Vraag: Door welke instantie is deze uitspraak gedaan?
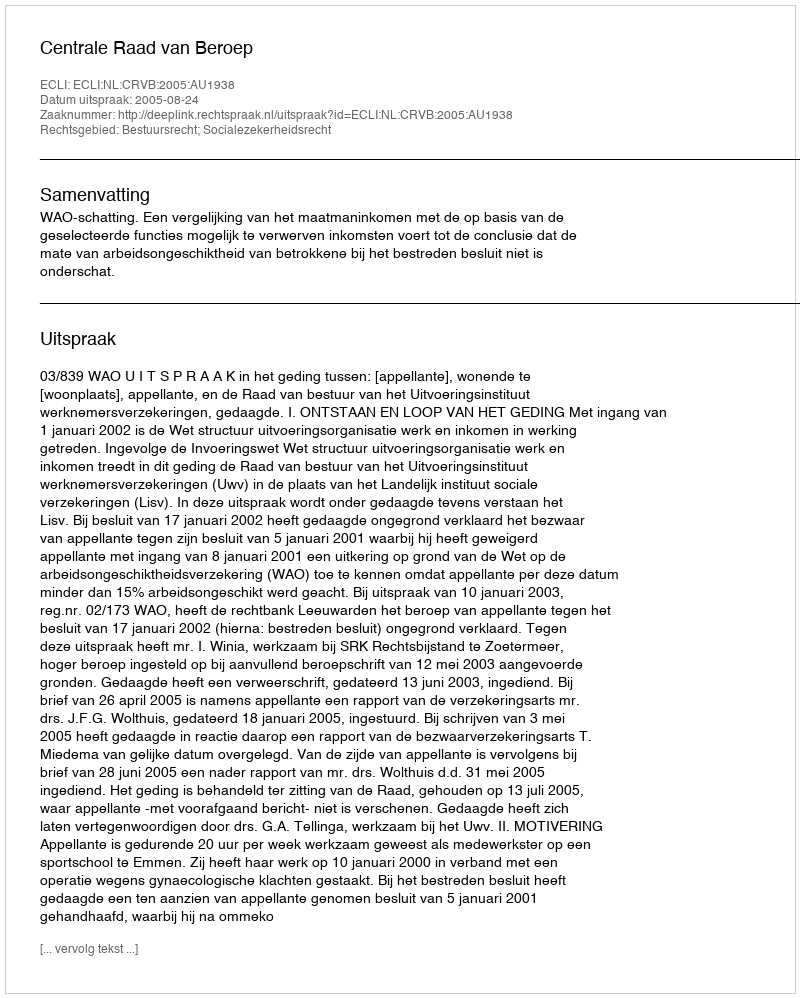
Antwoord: Centrale Raad van Beroep